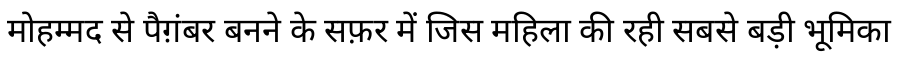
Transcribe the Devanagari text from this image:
मोहम्मद से पैग़ंबर बनने के सफ़र में जिस महिला की रही सबसे बड़ी भूमिका